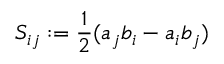
S _ { i j } : = \frac 1 2 ( a _ { j } b _ { i } - a _ { i } b _ { j } )